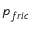
p _ { f r i c }